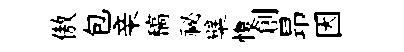
傲包亲稿祕檗愎創昻因